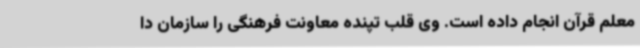
معلم قرآن انجام داده است. وی قلب تپنده معاونت فرهنگی را سازمان دا